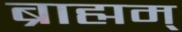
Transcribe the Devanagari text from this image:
ब्राह्मम्